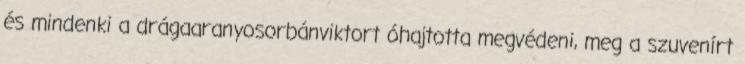
és mindenki a drágaaranyosorbánviktort óhajtotta megvédeni, meg a szuvenírt